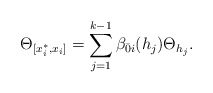
\begin{align*}\Theta_{[x^*_i,x_i]}=\sum_{j=1}^{k-1}\beta_{\bar0i}(h_j)\Theta_{h_j}.\end{align*}